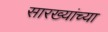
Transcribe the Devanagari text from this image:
सारख्यांच्या